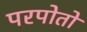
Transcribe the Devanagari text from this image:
परपोतो